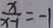
\frac { x } { x - 1 } = - 1